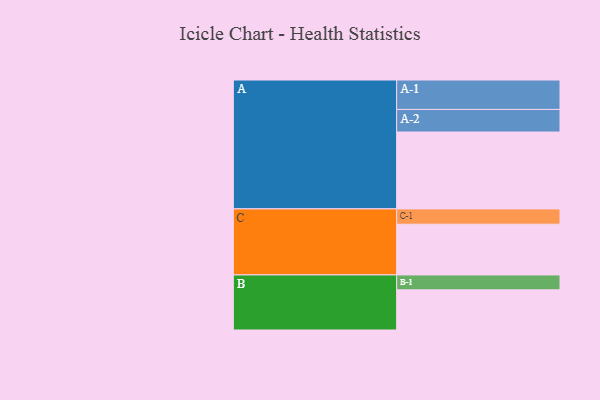
{"axis": {"x": "Segment", "y": "Value"}, "legend": ["", "A", "B", "C"], "data": [{"x": "A", "y": 582, "type": ""}, {"x": "B", "y": 304, "type": ""}, {"x": "C", "y": 384, "type": ""}, {"x": "A-1", "y": 223, "type": "A"}, {"x": "A-2", "y": 171, "type": "A"}, {"x": "B-1", "y": 113, "type": "B"}, {"x": "C-1", "y": 116, "type": "C"}]}